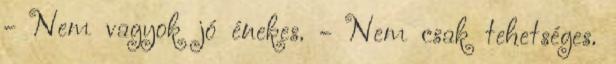
- Nem vagyok jó énekes. - Nem csak tehetséges.